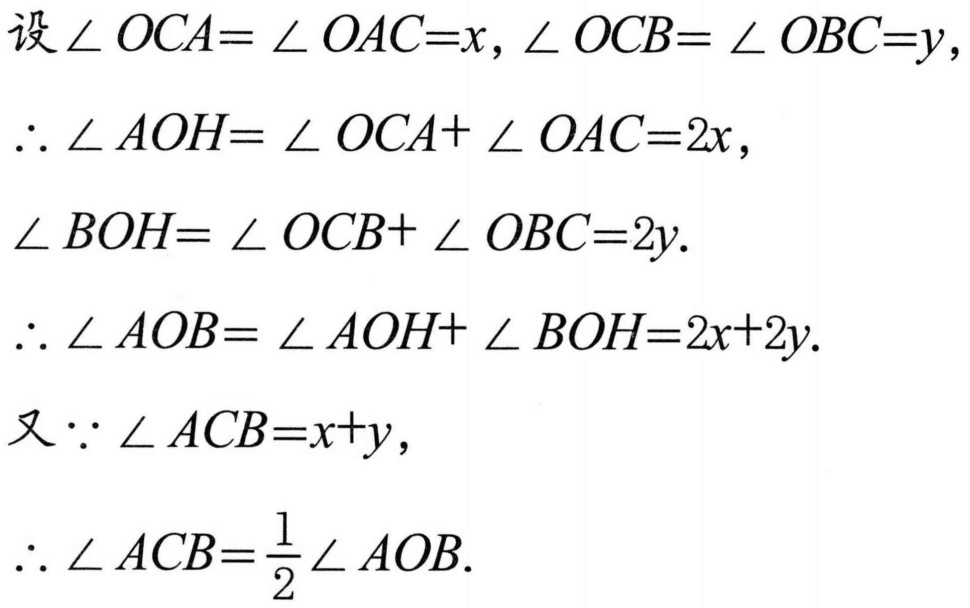
设\(\angle OCA = \angle OAC = x, \angle OCB = \angle OBC = y\)，
\(\therefore \angle AOH = \angle OCA + \angle OAC = 2x\)，
\(\angle BOH = \angle OCB + \angle OBC = 2y\).
\(\therefore \angle AOB = \angle AOH + \angle BOH = 2x + 2y\).
又\(\because \angle ACB = x + y\)，
\(\therefore \angle ACB = \frac{1}{2}\angle AOB\).